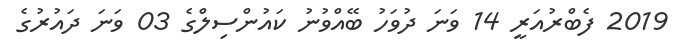
2019 ފެބްރުއަރީ 14 ވަނަ ދުވަހު ބޭއްވުނު ކައުންސިލްގެ 03 ވަނަ ދައުރުގެ